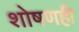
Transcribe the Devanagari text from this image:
शोषणही